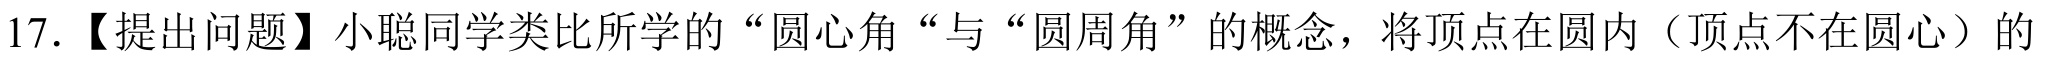
17. 【提出问题】小聪同学类比所学的“圆心角“与“圆周角”的概念，将顶点在圆内（顶点不在圆心）的